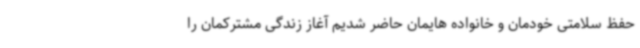
حفظ سلامتی خودمان و خانواده هایمان حاضر شدیم آغاز زندگی مشترکمان را